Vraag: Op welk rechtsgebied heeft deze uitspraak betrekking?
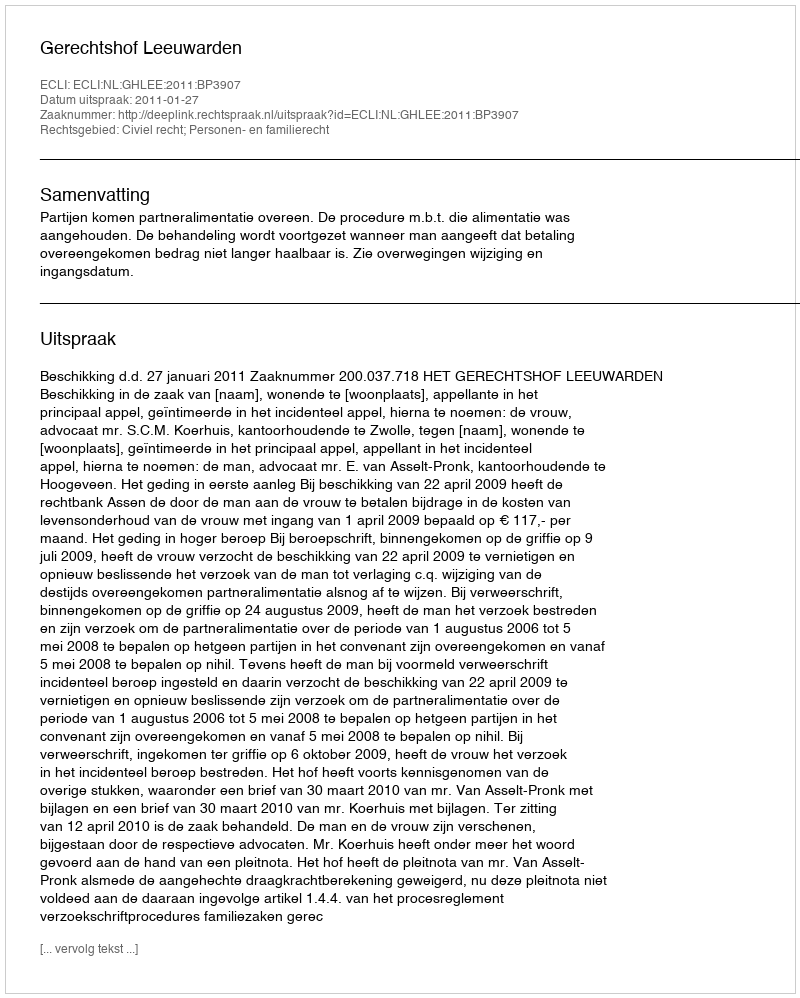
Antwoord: Civiel recht; Personen- en familierecht